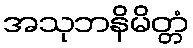
အသုဘနိမိတ္တံ